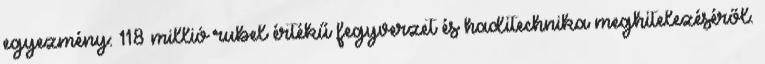
egyezmény: 118 millió rubel értékű fegyverzet és haditechnika meghitelezéséről.